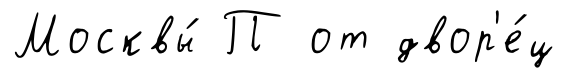
Москвы́ П от двор'е́ц